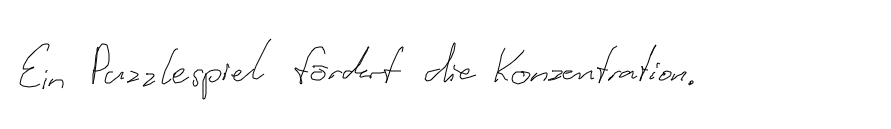
Ein Puzzlespiel fördert die Konzentration.